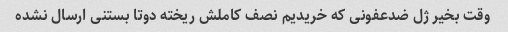
وقت بخیر ژل ضدعفونی که خریدیم نصف کاملش ریخته دوتا بستنی ارسال نشده